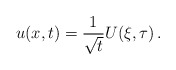
\begin{align*} u(x,t) = \frac{1}{\sqrt{t}} U(\xi,\tau) \, .\end{align*}